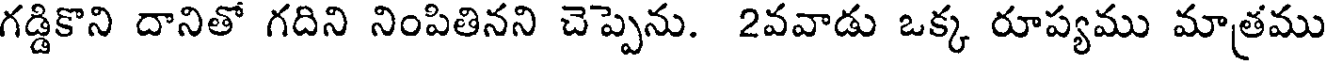
గడ్డికొని దానితో గదిని నింపితినని చెప్పెను. 2వవాడు ఒక్క రూప్యము మాత్రము